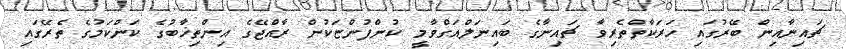
ޗައިނާއިން ބޭރުގައި ހަރަކާތްތެރިވާ ޗައިނާގެ ބައިނަލްއަގްވާމީ ކުންފުންޏަކުން ރާއްޖޭގެ އިންތިޚާބުގެ ކަންކަމުގެ ތެރޭގައި